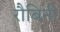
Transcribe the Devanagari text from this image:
रौबिनी